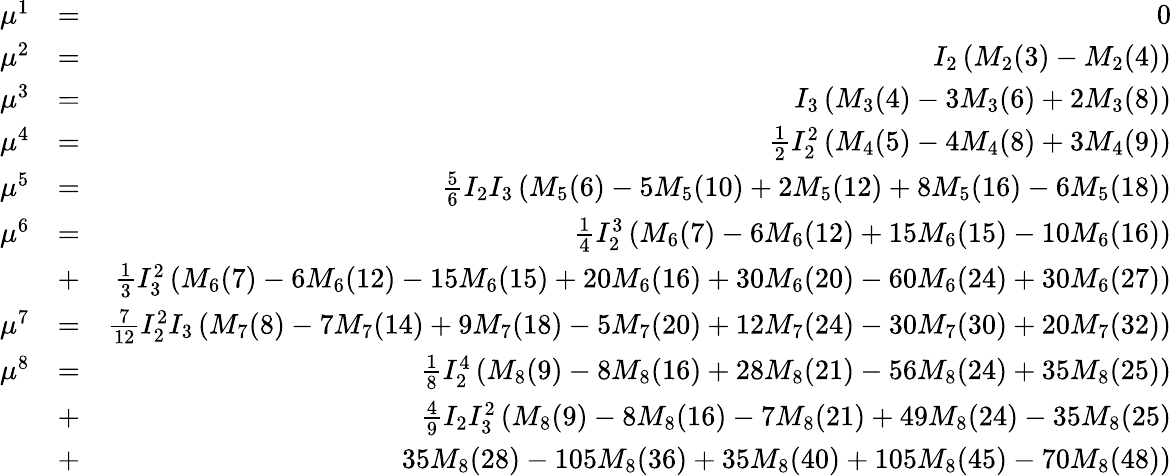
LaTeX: \begin{array}{rlr}{\mu^{1}}&{=}&{0}\\ {\mu^{2}}&{=}&{I_{2}\left(M_{2}(3)-M_{2}(4)\right)}\\ {\mu^{3}}&{=}&{I_{3}\left(M_{3}(4)-3M_{3}(6)+2M_{3}(8)\right)}\\ {\mu^{4}}&{=}&{\frac{1}{2}I_{2}^{2}\left(M_{4}(5)-4M_{4}(8)+3M_{4}(9)\right)}\\ {\mu^{5}}&{=}&{\frac{5}{6}I_{2}I_{3}\left(M_{5}(6)-5M_{5}(10)+2M_{5}(12)+8M_{5}(16)-6M_{5}(18)\right)}\\ {\mu^{6}}&{=}&{\frac{1}{4}I_{2}^{3}\left(M_{6}(7)-6M_{6}(12)+15M_{6}(15)-10M_{6}(16)\right)}\\ &{+}&{\frac{1}{3}I_{3}^{2}\left(M_{6}(7)-6M_{6}(12)-15M_{6}(15)+20M_{6}(16)+30M_{6}(20)-60M_{6}(24)+30M_{6}(27)\right)}\\ {\mu^{7}}&{=}&{\frac{7}{12}I_{2}^{2}I_{3}\left(M_{7}(8)-7M_{7}(14)+9M_{7}(18)-5M_{7}(20)+12M_{7}(24)-30M_{7}(30)+20M_{7}(32)\right)}\\ {\mu^{8}}&{=}&{\frac{1}{8}I_{2}^{4}\left(M_{8}(9)-8M_{8}(16)+28M_{8}(21)-56M_{8}(24)+35M_{8}(25)\right)}\\ &{+}&{\frac{4}{9}I_{2}I_{3}^{2}\left(M_{8}(9)-8M_{8}(16)-7M_{8}(21)+49M_{8}(24)-35M_{8}(25)\right.}\\ &{+}&{\left.35M_{8}(28)-105M_{8}(36)+35M_{8}(40)+105M_{8}(45)-70M_{8}(48)\right)}\end{array}